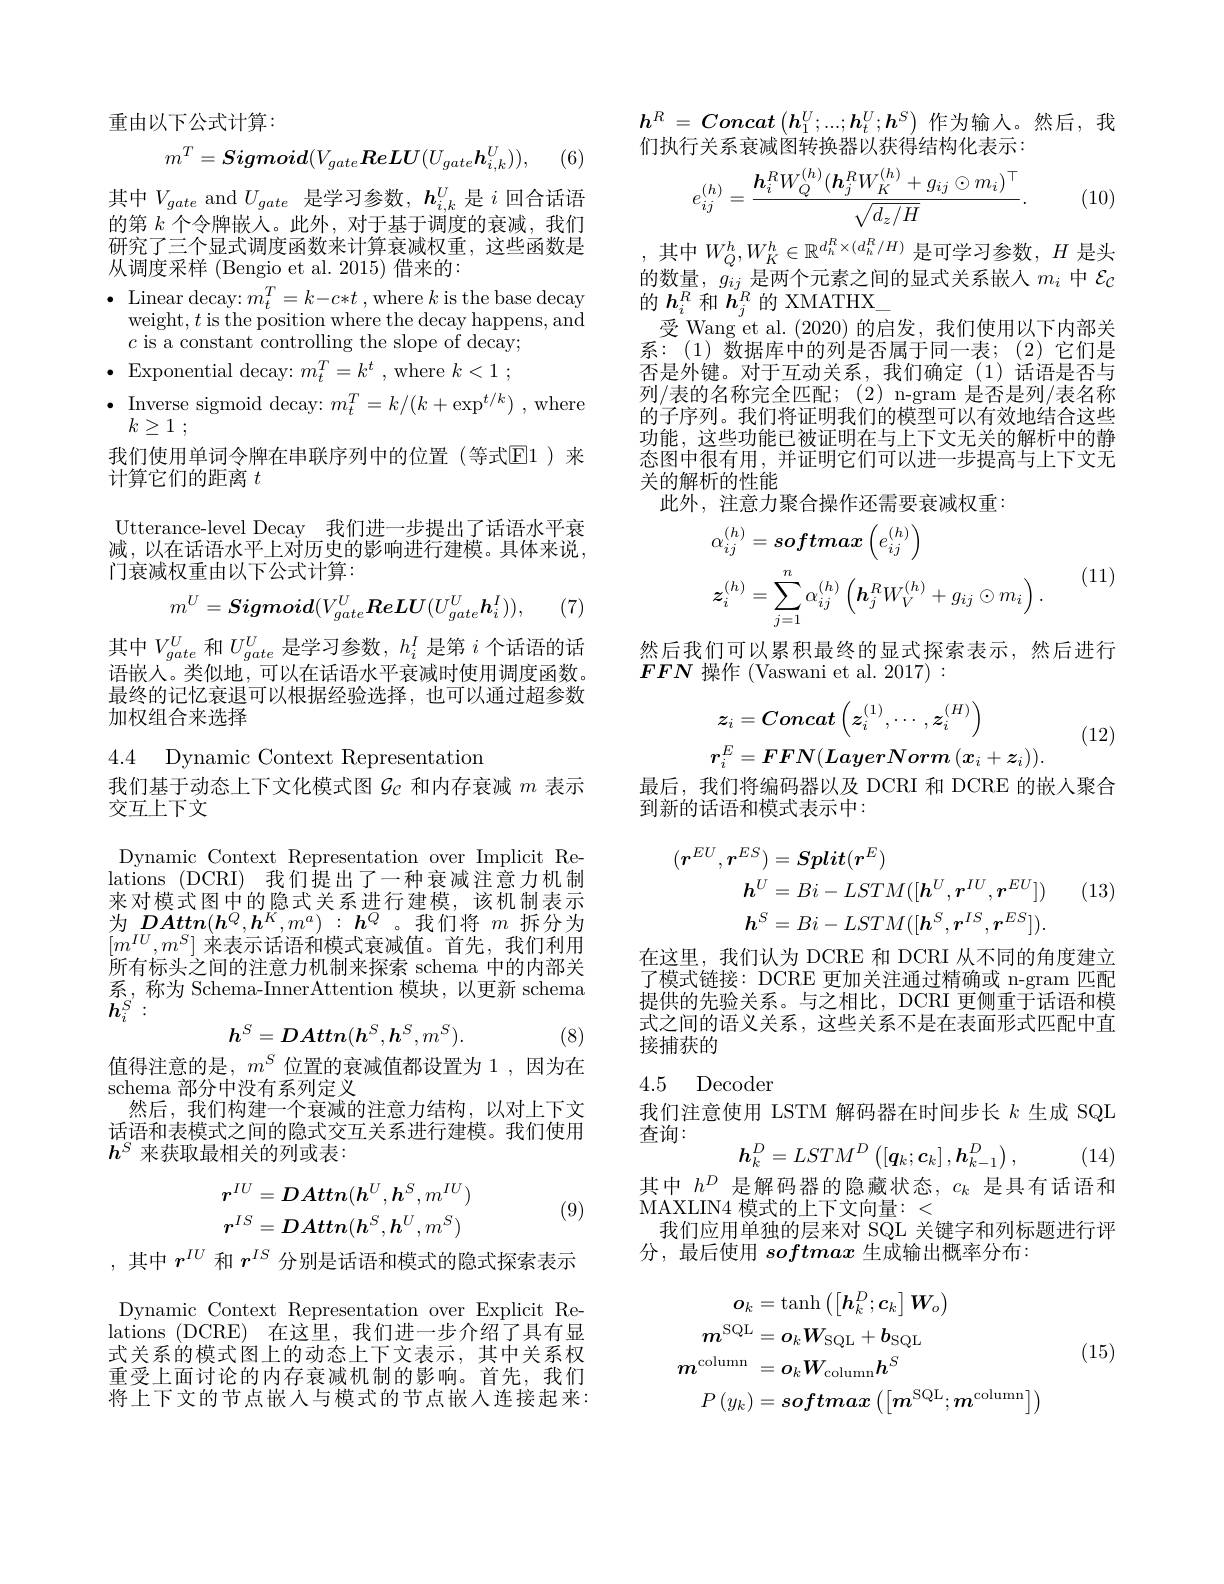
重由以下公式计算：
$$m^T=\boldsymbol{Sigmoid}(V_{gate}\boldsymbol{ReLU}(U_{gate}\boldsymbol{h}_{i,k}^U)),$$
其中$V_{gate}$ and $U_{gate}$是学习参数，$h_i,k^{U}$是$i$回合话语的第$k$个令牌嵌人。此外，对于基于调度的衰减，我们研究了三个显式调度函数来计算衰减权重，这些函数是从调度采样 (Bengio et al. 2015) 借来的：

$\bullet$ Linear decay: $m_t^T=k-c*t$ , where $k$ is the base decay
weight, $t$ is the position where the decay happens, and
$c$ is a constant controlling the slope of decay;

$\bullet$Exponential decay: $m_t^T=k^t$ , where $k< 1$ ;
$\bullet$ Inverse sigmoid decay: $m_t^T=k/(k+\mathrm{exp}^{t/k})$ ,where
$k\geq 1$ ;
我们使用单词令牌在串联序列中的位置(等式$\overline{\mathrm{E}}$1)来
计算它们的距离$t$
Utterance-level Decay 我们进一步提出了话语水平衰减，以在话语水平上对历史的影响进行建模。具体来说， 门衰减权重由以下公式计算：
$$m^{U}=\boldsymbol{Sigmoid}(V_{gate}^{U}\boldsymbol{ReLU}(U_{gate}^{U}\boldsymbol{h}_{i}^{I})),$$
(7)

其中$V_gate^U$和$U_gate$是学习参数，$h_i^I$是第$i$个话语的话语嵌人。类似地，可以在话语水平衰减时使用调度函数。最终的记忆衰退可以根据经验选择，也可以通过超参数加权组合来选择

4.4 Dynamic Context Representation

我们基于动态上下文化模式图$G_{c}$和内存衰减$m$表示
交互上下文

Dynamic Context Representation over Implicit Relations (DCRI) 我们提出了一种衰减注意力机制来对模式图中的隐式关系进行建模，该机制表示为$DAttn(h^{Q},\boldsymbol{h}^{K},m^{a}):\boldsymbol{h}^{Q}$。我们将$m$拆分为$[m^{IU},m^S]$来表示话语和模式衰减值。首先，我们利用所有标头之间的注意力机制来探索 schema 中的内部关系$\underline{,}$ 称为 Schema-InnerAttention 模块，以更新 schema $\stackrel{'}{\boldsymbol{h}}_{i}^{S}:$
$$h^S=DAttn(\boldsymbol{h}^S,\boldsymbol{h}^S,m^S).$$
(8)

值得注意的是，$m^S$位置的衰减值都设置为 1,因为在
schema 部分中没有系列定义
然后，我们构建一个衰减的注意力结构，以对上下文话语和表模式之间的隐式交互关系进行建模。我们使用$h^S$来获取最相关的列或表：
$$r^{IU}=DAttn(\boldsymbol{h}^{U},\boldsymbol{h}^{S},m^{IU})\\r^{IS}=DAttn(\boldsymbol{h}^{S},\boldsymbol{h}^{U},m^{S})$$
(9)

,其中$r^{IU}$和$r^{IS}$分别是话语和模式的隐式探索表示Dynamic Context Representation over Explicit Relations (DCRE) 在这里，我们进一步介绍了具有显式关系的模式图上的动态上下文表示，其中关系权重受上面讨论的内存衰减机制的影响。首先，我们将上下文的节点嵌人与模式的节点嵌入连接起来：

$h^R=Concat\left(\boldsymbol{h}_1^U;...;\boldsymbol{h}_t^U;\boldsymbol{h}^S\right)$作为输入。然后，我

们执行关系衰减图转换器以获得结构化表示：
$$e_{ij}^{(h)}=\frac{\boldsymbol{h}_i^RW_Q^{(h)}(\boldsymbol{h}_j^RW_K^{(h)}+g_{ij}\odot m_i)^\top}{\sqrt{d_z/H}}.$$
(10)

,其中$W_Q^h,W_K^h\in\mathbb{R}^{d_h^R\times(d_h^R/H)}$是可学习参数$,H$是头的数量，$g_{ij}$是两个元素之间的显式关系嵌入$m_i$中$\mathcal{E}_\mathcal{C}$ 的$h_i^R$和$h_j^R$的 XMATHX\_
受 Wang et al. (2020)的启发，我们使用以下内部关系：(1) 数据库中的列是否属于同一表；(2)它们是否是外键。对于互动关系，我们确定(1)话语是否与列/表的名称完全匹配；(2)n-gram 是否是列/表名称的子序列。我们将证明我们的模型可以有效地结合这些功能，这些功能已被证明在与上下文无关的解析中的静态图中很有用，并证明它们可以进一步提高与上下文无关的解析的性能
此外，注意力聚合操作还需要衰减权重：
$$\begin{aligned}&\alpha_{ij}^{(h)}=softmax\left(e_{ij}^{(h)}\right)\\&\boldsymbol{z}_{i}^{(h)}=\sum_{j=1}^{n}\alpha_{ij}^{(h)}\left(\boldsymbol{h}_{j}^{R}W_{V}^{(h)}+g_{ij}\odot m_{i}\right).\end{aligned}$$
(11)

然后我们可以累积最终的显式探索表示，然后进行
$FFN$操作 (Vaswani et al. 2017):
$$\begin{aligned}&z_{i}=Concat\left(z_{i}^{(1)},\cdots,z_{i}^{(H)}\right)\\&r_{i}^{E}=FFN(LayerNorm\:(x_{i}+z_{i})).\end{aligned}$$
(12)

最后，我们将编码器以及 DCRI 和 DCRE 的嵌人聚合
到新的话语和模式表示中：
$$\begin{aligned}(r^{EU},r^{ES})&=\boldsymbol{Split}(\boldsymbol{r}^{E})\\\boldsymbol{h}^{U}&=Bi-LSTM([\boldsymbol{h}^{U},\boldsymbol{r}^{IU},\boldsymbol{r}^{EU}])\\\boldsymbol{h}^{S}&=Bi-LSTM([\boldsymbol{h}^{S},\boldsymbol{r}^{IS},\boldsymbol{r}^{ES}]).\end{aligned}$$
(13)

在这里，我们认为 DCRE 和 DCRI 从不同的角度建立了模式链接：DCRE 更加关注通过精确或 n-gram 匹配提供的先验关系。与之相比，DCRI 更侧重于话语和模式之间的语义关系，这些关系不是在表面形式匹配中直接捕获的

## 4.5 Decoden

我们注意使用 LSTM 解码器在时间步长$k$生成 SQL
查询：
$$\boldsymbol{h}_k^D=LSTM^D\left(\left[\boldsymbol{q}_k;\boldsymbol{c}_k\right],\boldsymbol{h}_{k-1}^D\right),$$
(14)

其中$h^D$是解码器的隐藏状态，$c_k$是具有话语和
MAXLIN4 模 式 的 上 下 文 向 量 : <
我们应用单独的层来对 SQL 关键字和列标题进行评
分，最后使用softmax生成输出概率分布：

(15)
$$\begin{aligned}\boldsymbol{o}_{k}&=\tanh\left(\left[\boldsymbol{h}_{k}^{D};\boldsymbol{c}_{k}\right]\boldsymbol{W}_{o}\right)\\\boldsymbol{m}^{\mathrm{SQL}}&=\boldsymbol{o}_{k}\boldsymbol{W}_{\mathrm{SQL}}+\boldsymbol{b}_{\mathrm{SQL}}\\\boldsymbol{m}^{\mathrm{column}}&=\boldsymbol{o}_{k}\boldsymbol{W}_{\mathrm{column}}\boldsymbol{h}^{S}\\P\left(y_{k}\right)&=\boldsymbol{softmax}\left(\left[\boldsymbol{m}^{\mathrm{SQL}};\boldsymbol{m}^{\mathrm{column}}\right]\right)\end{aligned}$$